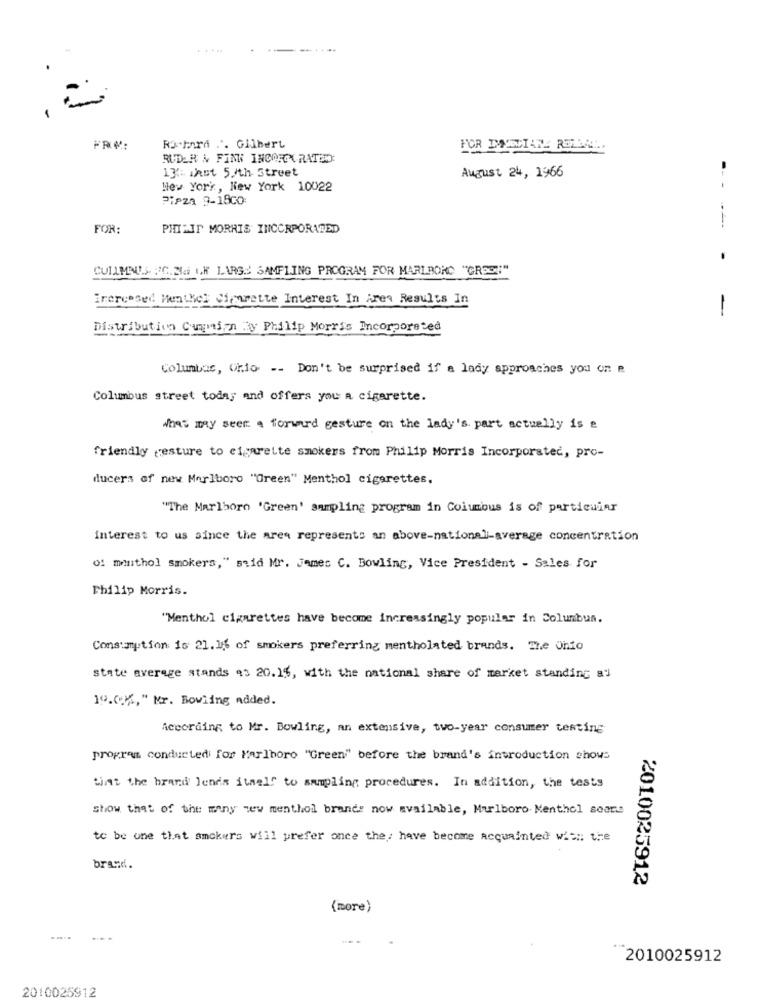
.....
-
FRM:
Richard .. Gilbert
RUDER & FINN INCORCC RATED:
13: inst 5./th Street
August 24, 1966
Hey York, New York 10022
PIPZa 9-18CO:
FOR:
PHILIP MORRIS INCORPORAZED
--- ---
CULLMAUS FIGLIW OF LARGS SAMPLING PROGRAM FOR MARLBORO "OR"":"
Increased Menthel Cigarette Interest In Area Results In
-
Distribution Cupmaizn hy Philip Morris Incorporated
Columbus, Ohio -- Don't be surprised if a lady approaches you on e
Columbus street today and offers you a cigarette.
what may seem a forward gesture on the lady's part actually is e
friendly gesture to cigarette smokers from Philip Morris Incorporated, pro-
ducers of new Marlboro "Green" Menthol cigarettes.
"The Marlboro 'Green' sampling program in Columbus is of particular
Interest to us since the area represents an above-national-average concentration
0: metho] smokers, " said Mr. James C. Bowling, Vice President - Sales for
Philip Morris.
"Menthol cigarettes have become increasingly popular in Columbus.
Consumption is 21. 16 of smokers preferring mentholated brands. The Ohio
state average stands 93 20.1%, with the national share of market standing al
19.01%," Mr. Bowling added.
According to Mr. Bowling, an extensive, two-year consumer testing
program conducted for Marlboro "Green" before the brand's introduction shows
tint the brand lends itself to sampling procedures. In addition, the tests
show that of the many new menthol brand: now available, Marlboro Menthol soare
to be one that amokers will prefer once the: have become acquainted wil :: the
brand.
2010025912
(more)
2010025912
2010025912